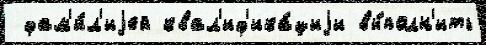
 фам'и́л'иjей квал'иф'ика́циjи вы́полн'ить